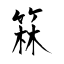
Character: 箖